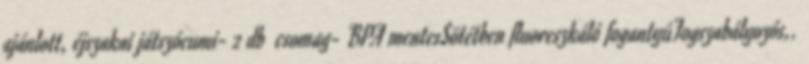
ajánlott, éjszakai játszócumi- 2 db csomag- BPA mentesSötétben fluoreszkáló fogantyúFogszabályozós,.